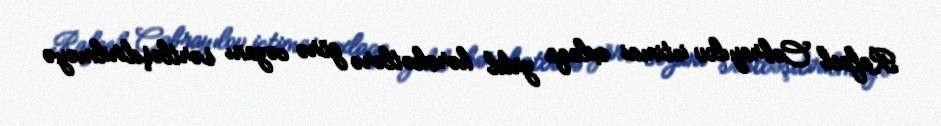
Rafael Cəbrayılov ictimai əxlaqa zidd hərəkətlərə görə cəzanı sərtləşdirilməyə